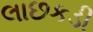
લાછકડી